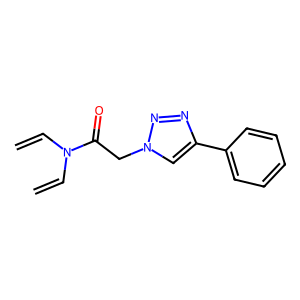
SMILES: C=CN(C=C)C(=O)Cn1cc(-c2ccccc2)nn1
Inhibits HIV replication: No